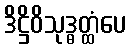
ဒိဋ္ဌိဝိသုဒ္ဓတ္ထံပေ